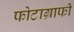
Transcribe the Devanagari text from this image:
फोटाग्राफी